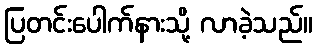
ပြတင်းပေါက်နားသို့ လာခဲ့သည်။